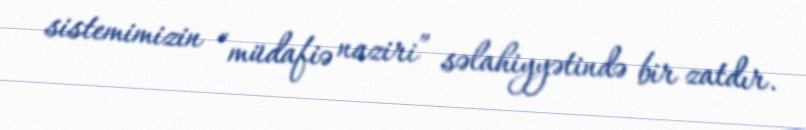
sistemimizin “müdafiə naziri” səlahiyyətində bir zatdır.